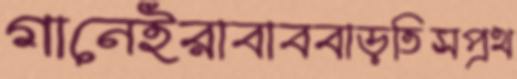
গানেইরাবাববাড়তিসপ্রথ